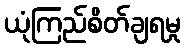
ယုံကြည်စိတ်ချရမှု